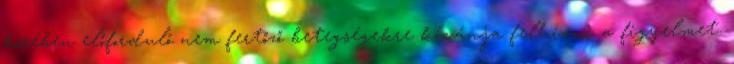
körében előforduló nem fertőző betegségekre kívánja felhívni a figyelmet.